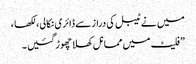
میں نے ٹیبل کی دراز سے ڈائری نکالی، لکھا ،
”فلیٹ میں مما نل کھلا چھوڑ گئیں ۔